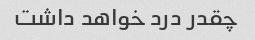
چقدر درد خواهد داشت